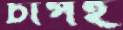
চাপই